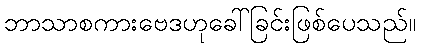
ဘာသာစကားဗေဒဟုခေါ်ခြင်းဖြစ်ပေသည်။